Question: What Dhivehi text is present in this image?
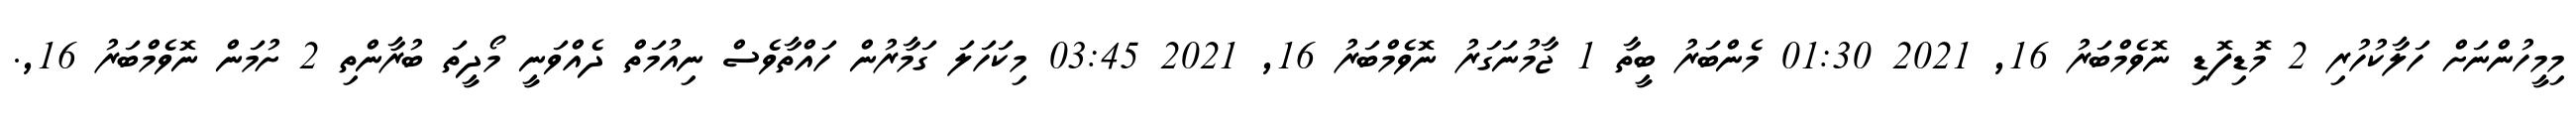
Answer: މިމީހުންނަށް ހަލާކުހުރި 2 މޮޑިފޮޑި ނޮވެމްބަރު 16, 2021 01:30 މެންބަރު ބީތާ 1 ޖާމުނަގަރު ނޮވެމްބަރު 16, 2021 03:45 މިކަހަލަ ގަމާރުން ހައްތާވެސް ނިއުމަތް ދެއްވަނީ މޯދީތަ ބުރާންތި 2 ށުމަން ނޮވެމްބަރު 16,.